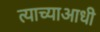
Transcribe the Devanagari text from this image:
त्याच्याआधी